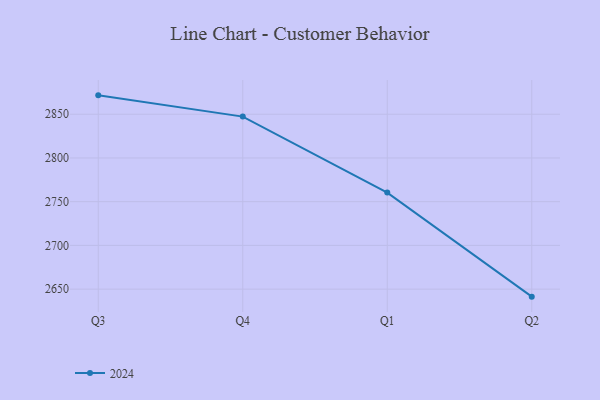
{"axis": {"x": "Quarter", "y": "Page Views"}, "legend": ["2024"], "data": [{"x": "Q3", "y": 2871.6, "type": "2024"}, {"x": "Q4", "y": 2847.3, "type": "2024"}, {"x": "Q1", "y": 2760.4, "type": "2024"}, {"x": "Q2", "y": 2641.4, "type": "2024"}]}